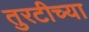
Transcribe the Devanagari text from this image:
तुरटीच्या